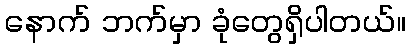
နောက် ဘက်မှာ ခုံတွေရှိပါတယ်။